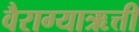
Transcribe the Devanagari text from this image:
वैराग्याऋत्ती